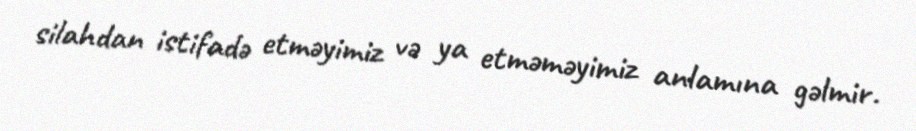
silahdan istifadə etməyimiz və ya etməməyimiz anlamına gəlmir.